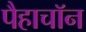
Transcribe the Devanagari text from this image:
पैहाचॉन